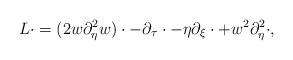
LaTeX: \begin{align*} L\cdot=(2w\partial_{\eta }^2w)\cdot-\partial_\tau \cdot -\eta \partial_\xi\cdot +w^2\partial_{\eta }^2 \cdot,\end{align*}